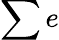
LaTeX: \sum e